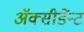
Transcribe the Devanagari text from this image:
अॅक्सीडेंन्ट